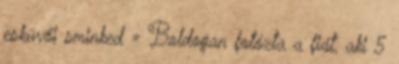
esküvői sminked » Boldogan fotózta a fiát, aki 5